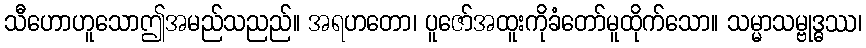
သီဟောဟူသောဤအမည်သညည်။ အရဟတော၊ ပူဇော်အထူးကိုခံတော်မူထိုက်သော။ သမ္မာသမ္ဗုဒ္ဓဿ၊